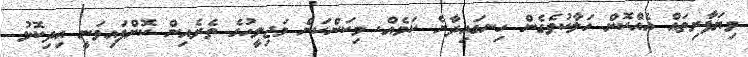
ވިޔަފާރިތައް އެއްކޮށް ހަލާކުވެގެން ހިނގައިދާނެ ކަމެއް. މިކަންކަން މަޖިލީހުގެ ތެރެއިން ކޮށްފައިވަނީ އިދިކޮޅު